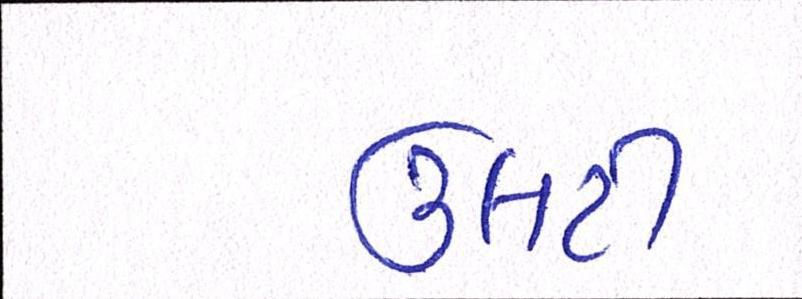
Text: ઉલટી